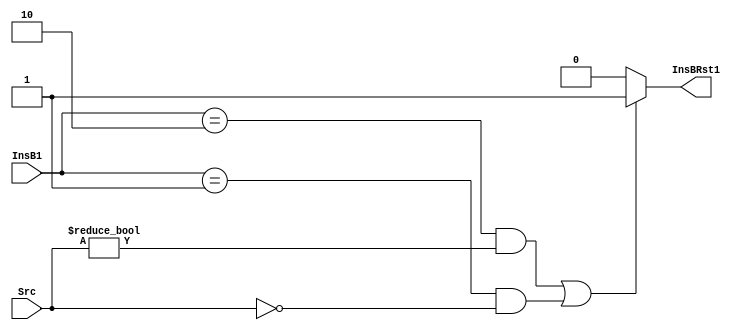
module branch(
	input wire[1:0] InsB1, // instruction branch type
	input wire[15:0] Src, // the number to judge

	output reg InsBRst1 // need to reset branch or not
	);

	always @(*) begin
		if ((InsB1 == 2'b10 && Src != 16'b0) || (InsB1 == 2'b01 && Src == 16'b0)) begin
			InsBRst1 <= 1;
		end else begin
			InsBRst1 <= 0;
		end
	end

endmodule